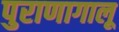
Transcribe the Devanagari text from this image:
पुराणागालू